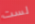
لست